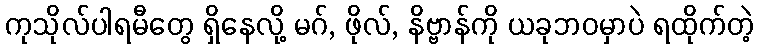
ကုသိုလ်ပါရမီတွေ ရှိနေလို့ မဂ်, ဖိုလ်, နိဗ္ဗာန်ကို ယခုဘဝမှာပဲ ရထိုက်တဲ့